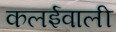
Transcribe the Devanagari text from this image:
कलईवाली